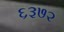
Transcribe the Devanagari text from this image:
६३७२